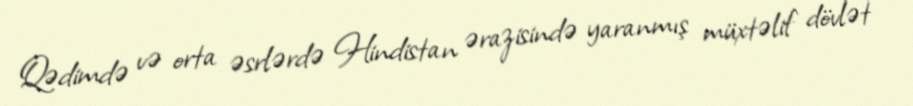
Qədimdə və orta əsrlərdə Hindistan ərazisində yaranmış müxtəlif dövlət